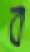
ব